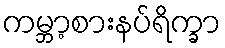
ကမ္ဘာ့စားနပ်ရိက္ခာ